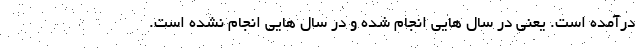
درآمده است. یعنی در سال هایی انجام شده و در سال هایی انجام نشده است.